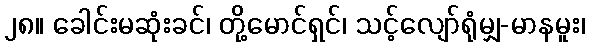
၂၈။ ခေါင်းမဆုံးခင်၊ တို့မောင်ရှင်၊ သင့်လျော်ရုံမျှ-မာနမူး၊